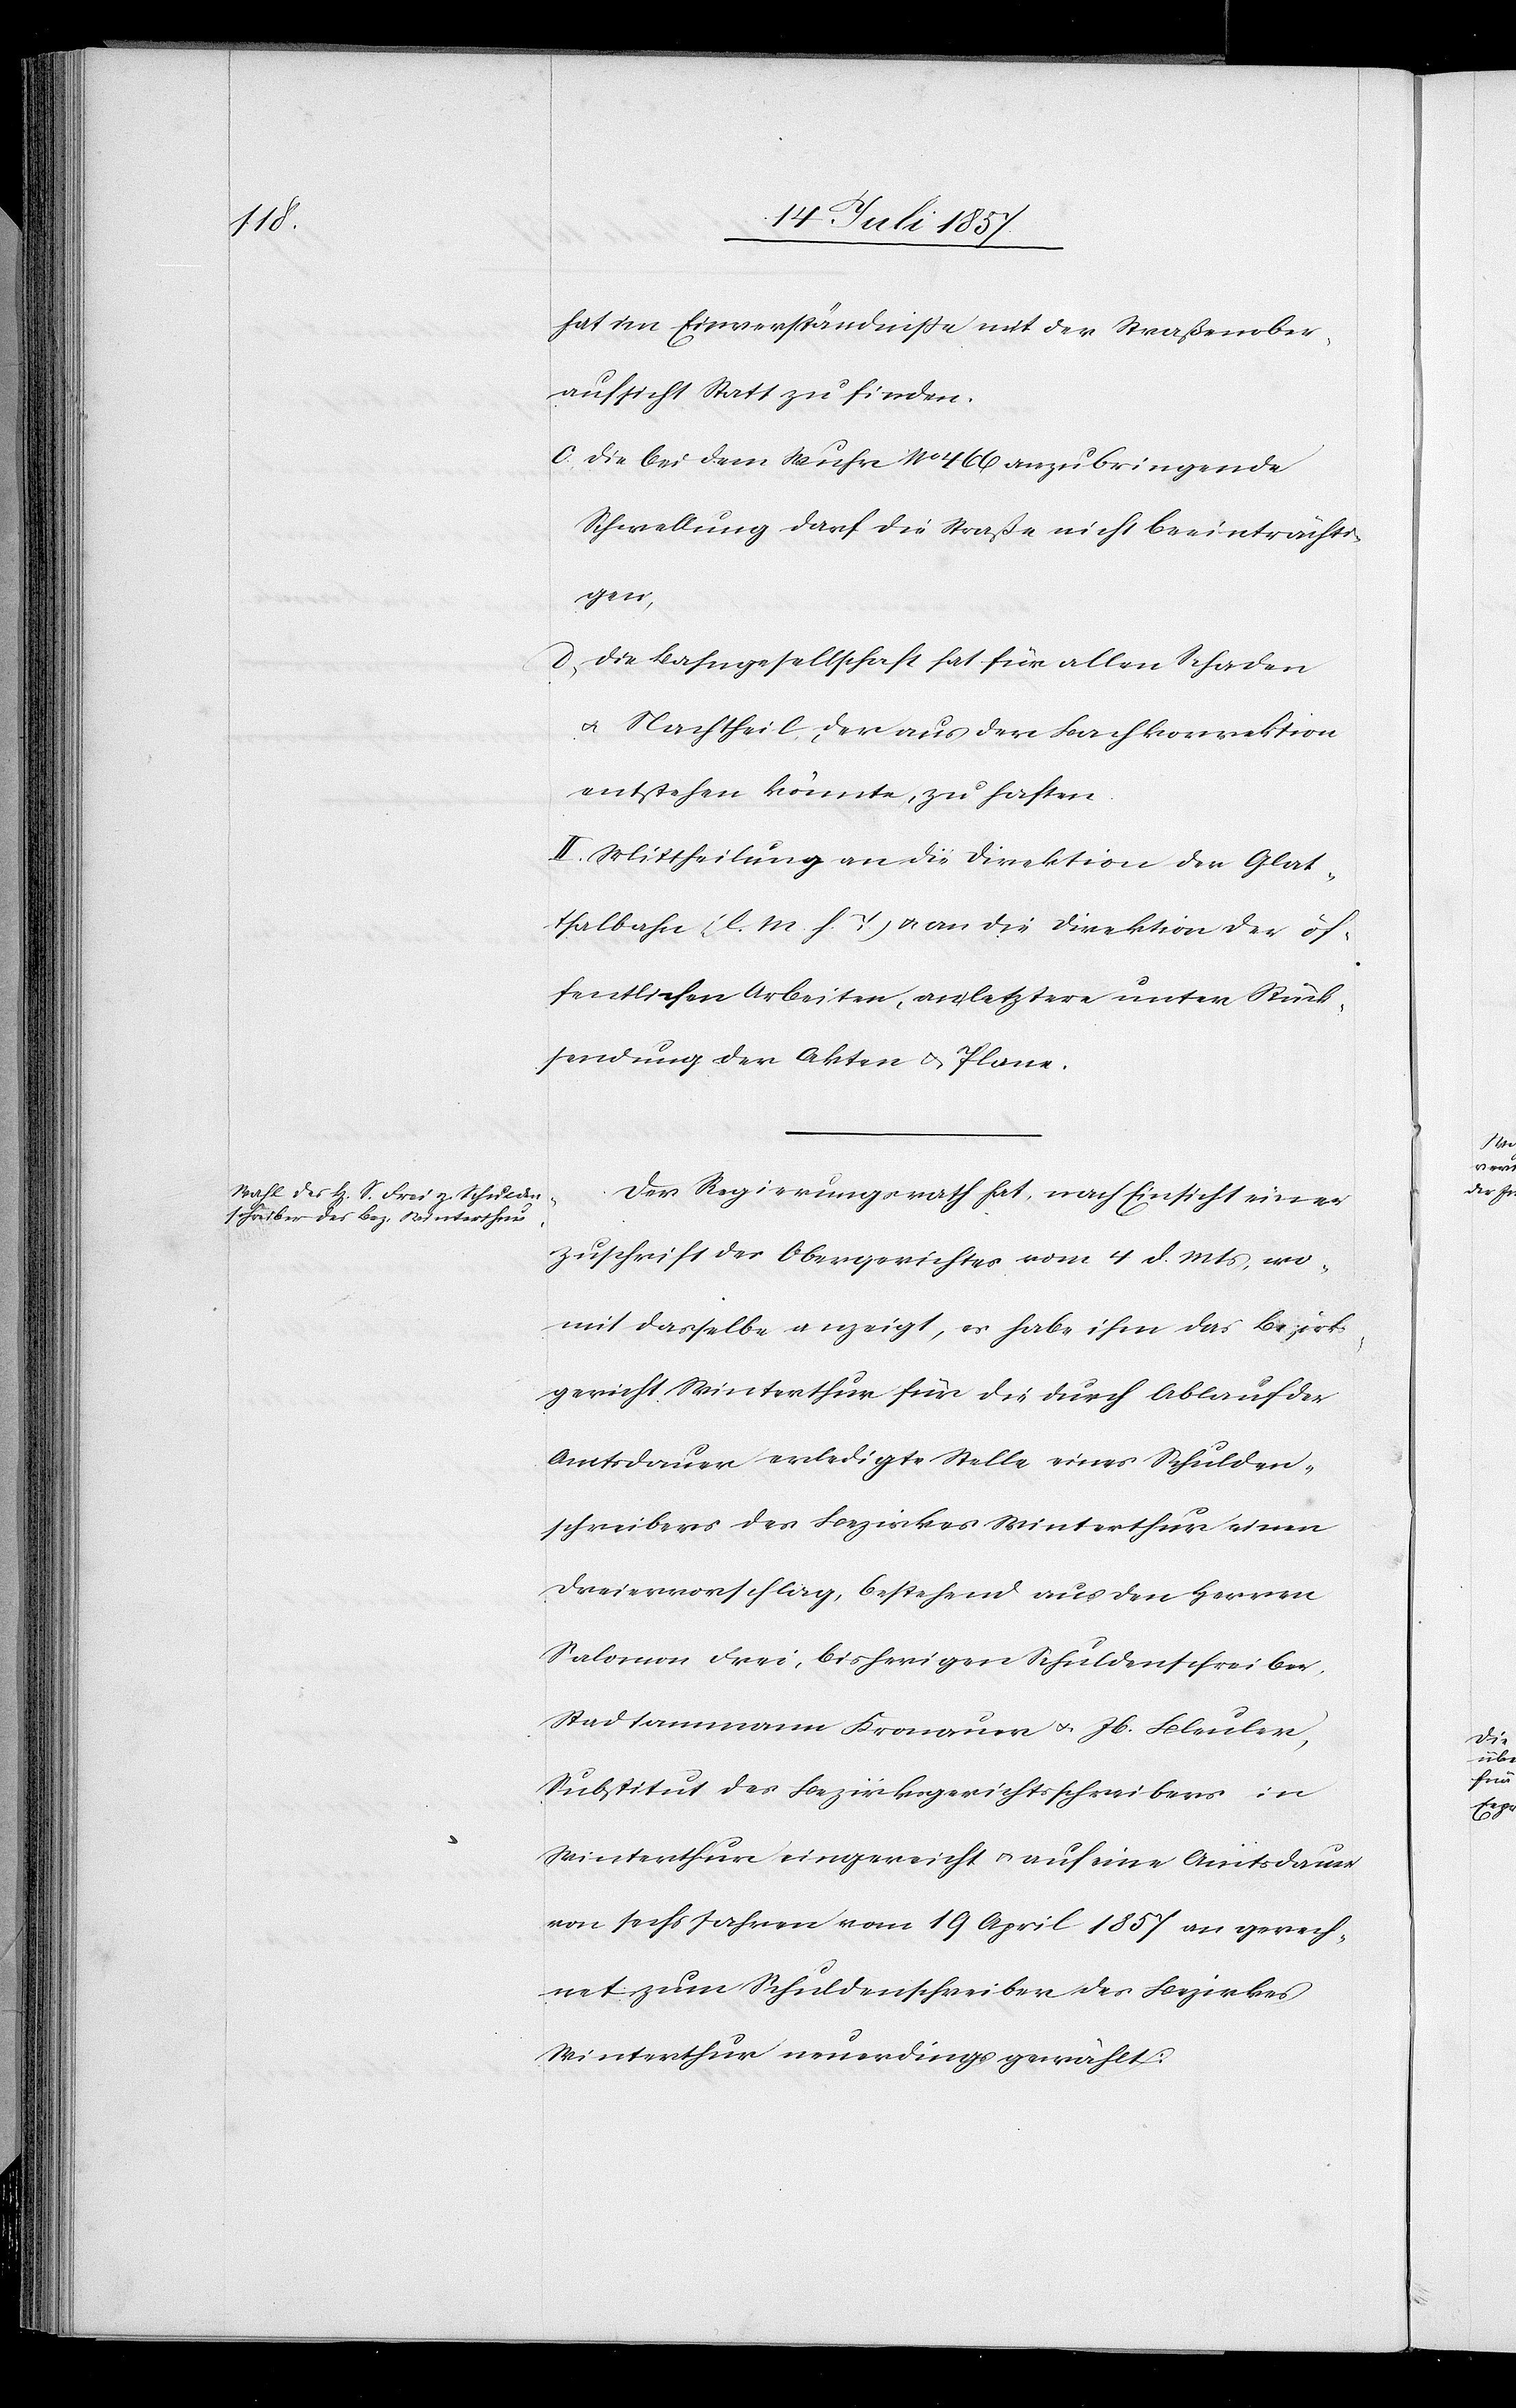
hat im Einverständnisse mit der Straßenober¬
aufsicht Statt zu finden.
c. die bei den Wuhre No 466 anzubringende
Schwellung darf die Straße nicht beeinträchti¬
gen,
d. die Bahngesellschaft hat für allen Schaden
& Nachtheil, der aus der Bachkorrektion
entstehen könnte, zu haften.
II. Mittheilung an die Direktion der Glat¬
thalbahn [l. M. h. T] & an die Direktion der öf¬
fentlichen Arbeiten, an letztere unter Rück¬
sendung der Akten & Plane.
Der Regierungsrath hat, nach Einsicht einer
Zuschrift des Obergerichtes vom 4 d. Mts., wo¬
mit dasselbe anzeigt, es habe ihm das Bezirks¬
gericht Winterthur für die durch Ablauf der
Amtsdauer erledigte Stelle eines Schulden¬
schreibers des Bezirkes Winterthur einen
Dreiervorschlag, bestehend aus den Herren
Salomon Frei, bisherigen Schuldenschreiber,
Stadtammann Kronauer & Jb. Bleuler,
Substitut des Bezirksgerichtsschreibers in
Winterthur eingereicht & auf eine Amtsdauer
von sechs Jahren vom 19 April 1857 an gerech¬
net zum Schuldenschreiber des Bezirkes
Winterthur neuerdings gewählt: